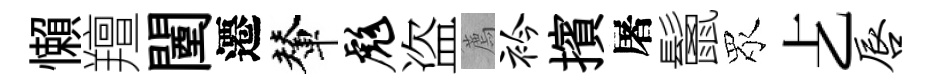
懶羶闉遷輦彪盗薦衿擯屠鬛眾𠧒唇